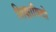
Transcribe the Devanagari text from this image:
शिक्षाविदो